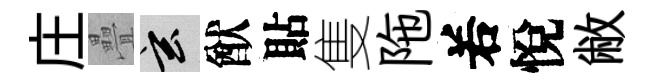
庄疊玄猷貼隻陁𠰥悅敝